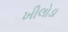
ખીલોડા